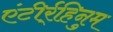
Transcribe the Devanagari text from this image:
एंटीर्र्हिनुम